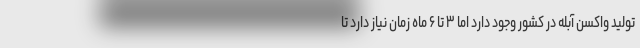
تولید واکسن آبله در کشور وجود دارد اما ۳ تا ۶ ماه زمان نیاز دارد تا